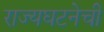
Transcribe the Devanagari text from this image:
राज्यघटनेची